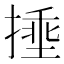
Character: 𪮜